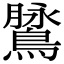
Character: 䳮